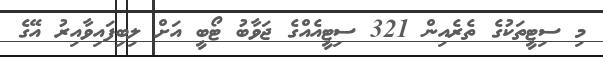
މި ސިޓީތަކުގެ ތެރެއިން 321 ސިޓީއެއްގެ ޖަވާބު ޓޯބީ އަށް ލިބިފައިވާއިރު އޭގެ